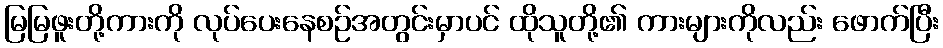
မြမြဖူးတို့ကားကို လုပ်ပေးနေစဉ်အတွင်းမှာပင် ထိုသူတို့၏ ကားများကိုလည်း ဖောက်ပြီး